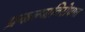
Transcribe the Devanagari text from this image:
प्रकल्पाविरोधात